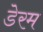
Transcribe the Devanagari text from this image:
डेरम